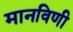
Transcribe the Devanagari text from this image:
मानविणी